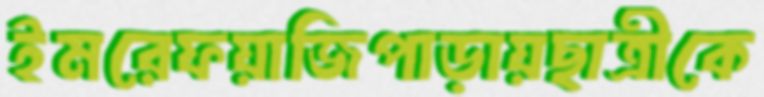
ইমরেফয়াজিপাড়ায়ছাত্রীকে